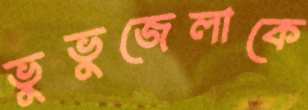
ভুভুজেলাকে